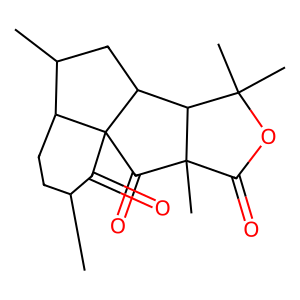
SMILES: CC1CCC2C(C)CC3C4C(C)(C)OC(=O)C4(C)C(=O)C23C1=O
Inhibits HIV replication: No